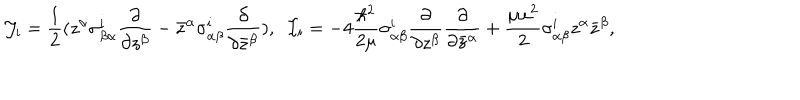
LaTeX: { \cal J } _ { i } = \frac { 1 } { 2 } ( z ^ { \alpha } \sigma _ { \beta \alpha } ^ { i } \frac { \partial } { \partial z ^ { \beta } } - { \bar { z } } ^ { \alpha } \sigma _ { \alpha \beta } ^ { i } \frac { \partial } { \partial { \bar { z } } ^ { \beta } } ) , \; \; { \cal I } _ { i } = - 4 \frac { \hbar ^ { 2 } } { 2 \mu } \sigma _ { \alpha \beta } ^ { i } \frac { \partial } { \partial z ^ { \beta } } \frac { \partial } { \partial { \bar { z } } ^ { \alpha } } + \frac { \mu \omega ^ { 2 } } { 2 } \sigma _ { \alpha \beta } ^ { i } z ^ { \alpha } { \bar { z } } ^ { \beta } ,